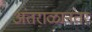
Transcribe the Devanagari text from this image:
अंतराळानंतर